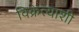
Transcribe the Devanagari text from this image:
विक्रेत्याशी